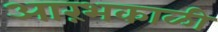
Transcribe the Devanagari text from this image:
आरंभकाळी